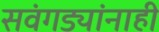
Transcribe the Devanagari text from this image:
सवंगड्यांनाही